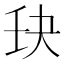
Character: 𫡘